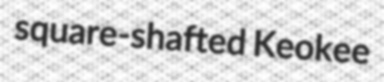
square-shafted Keokee